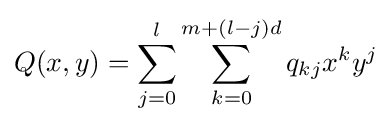
Q(x,y)=\sum _{j=0}^{l}\sum _{k=0}^{m+(l-j)d}q_{kj}x^{k}y^{j}